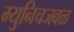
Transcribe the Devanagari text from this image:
म्युनिचजवळ